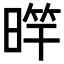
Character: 𣈨